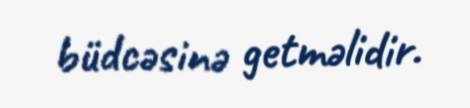
büdcəsinə getməlidir.